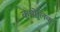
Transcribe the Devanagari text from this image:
कपोलिक